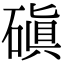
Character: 磌